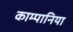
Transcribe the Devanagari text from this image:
काम्पानिया